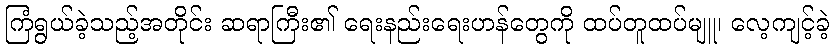
ကြံရွယ်ခဲ့သည့်အတိုင်း ဆရာကြီး၏ ရေးနည်းရေးဟန်တွေကို ထပ်တူထပ်မျူ၊ လေ့ကျင့်ခဲ့